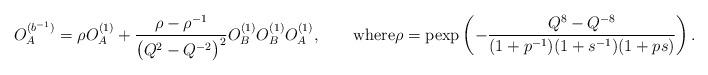
LaTeX: \begin{align*}O_A^{(b^{-1})}=\rho O_A^{(1)}+\frac{\rho-\rho^{-1}}{\big(Q^2-Q^{-2}\big)^2} O_B^{(1)}O_B^{(1)}O_A^{(1)},\qquad\textrm{where}\rho=\mathrm{pexp}\left(-\frac{Q^8-Q^{-8}}{(1+p^{-1})(1+s^{-1})(1+ps)}\right).\end{align*}